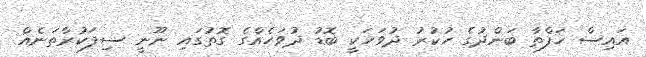
އައިސް ހަފްތާ ބަންދުގެ ހުކުރު ދުވަހަކީ ބޮޑު ދުވަހެއްގެ ގޮތުގައި ނޫނީ ސިފަކުރާތަނެއް